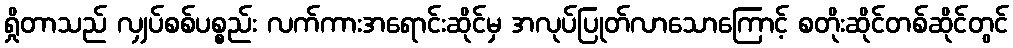
ရှိုတာသည် လျှပ်စစ်ပစ္စည်း လက်ကားအရောင်းဆိုင်မှ အလုပ်ပြုတ်လာသောကြောင့် စတိုးဆိုင်တစ်ဆိုင်တွင်